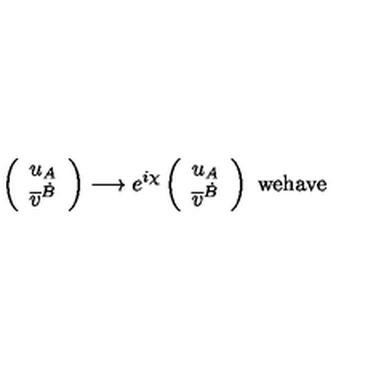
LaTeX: \left( \begin{array} { l } { u _ { A } } \\ { \overline { { v } } ^ { \dot { B } } } \\ \end{array} \right) \longrightarrow e ^ { i \chi } \left( \begin{array} { l } { u _ { A } } \\ { \overline { { v } } ^ { \dot { B } } } \\ \end{array} \right) \ \mathrm { w e h a v e }